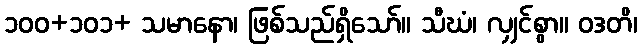
၁၀၀+၁၀၁+ သမာနော၊ ဖြစ်သည်ရှိသော်။ သီဃံ၊ လျှင်စွာ။ ဝဒတိ၊